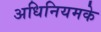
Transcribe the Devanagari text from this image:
अधिनियमके